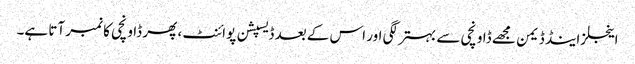
اینجلز اینڈ ڈیمن مجھے ڈاونچی سے بہتر لگی اور اس کے بعد ڈیسپشن پوائنٹ ، پھر ڈاونچی کا نمبر آتا ہے۔